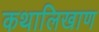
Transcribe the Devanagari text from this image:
कथालिखाण